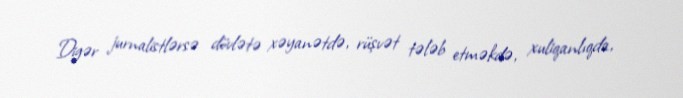
Digər jurnalistlərsə dövlətə xəyanətdə, rüşvət tələb etməkdə, xuliqanlıqda,